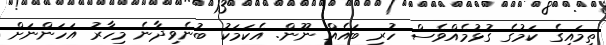
ތިމައިގެ ކަމުގެ ގުޅުމެއްވެސް ހުރި ބައެއް ނޫން. އެކަމަކު ބުނެވިދާނެ މިހާރު އަހަންނަށް